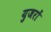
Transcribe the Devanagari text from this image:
युजरों